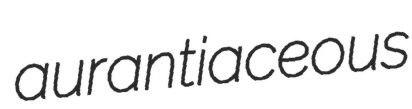
aurantiaceous